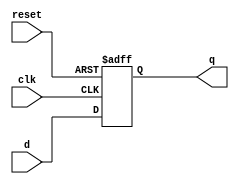
module d_flip_flop (
    input wire clk,
    input wire d,
    input wire reset,
    output reg q
);

always @ (posedge clk or posedge reset) begin
    if (reset) begin
        q <= 1'b0; // set the output to 0 when reset is high
    end else begin
        q <= d; // update the output based on the value of the data input (D)
    end
end

endmodule